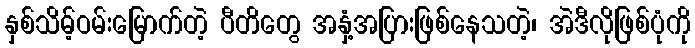
နှစ်သိမ့်ဝမ်းမြောက်တဲ့ ပီတိတွေ အနှံ့အပြားဖြစ်နေသတဲ့၊ အဲဒီလိုဖြစ်ပုံကို